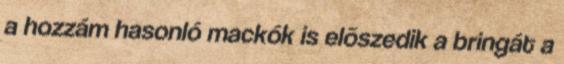
a hozzám hasonló mackók is elõszedik a bringát a